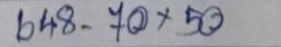
648 - 70 x 50